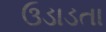
ઉડાડતા